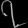
Digit: ၇